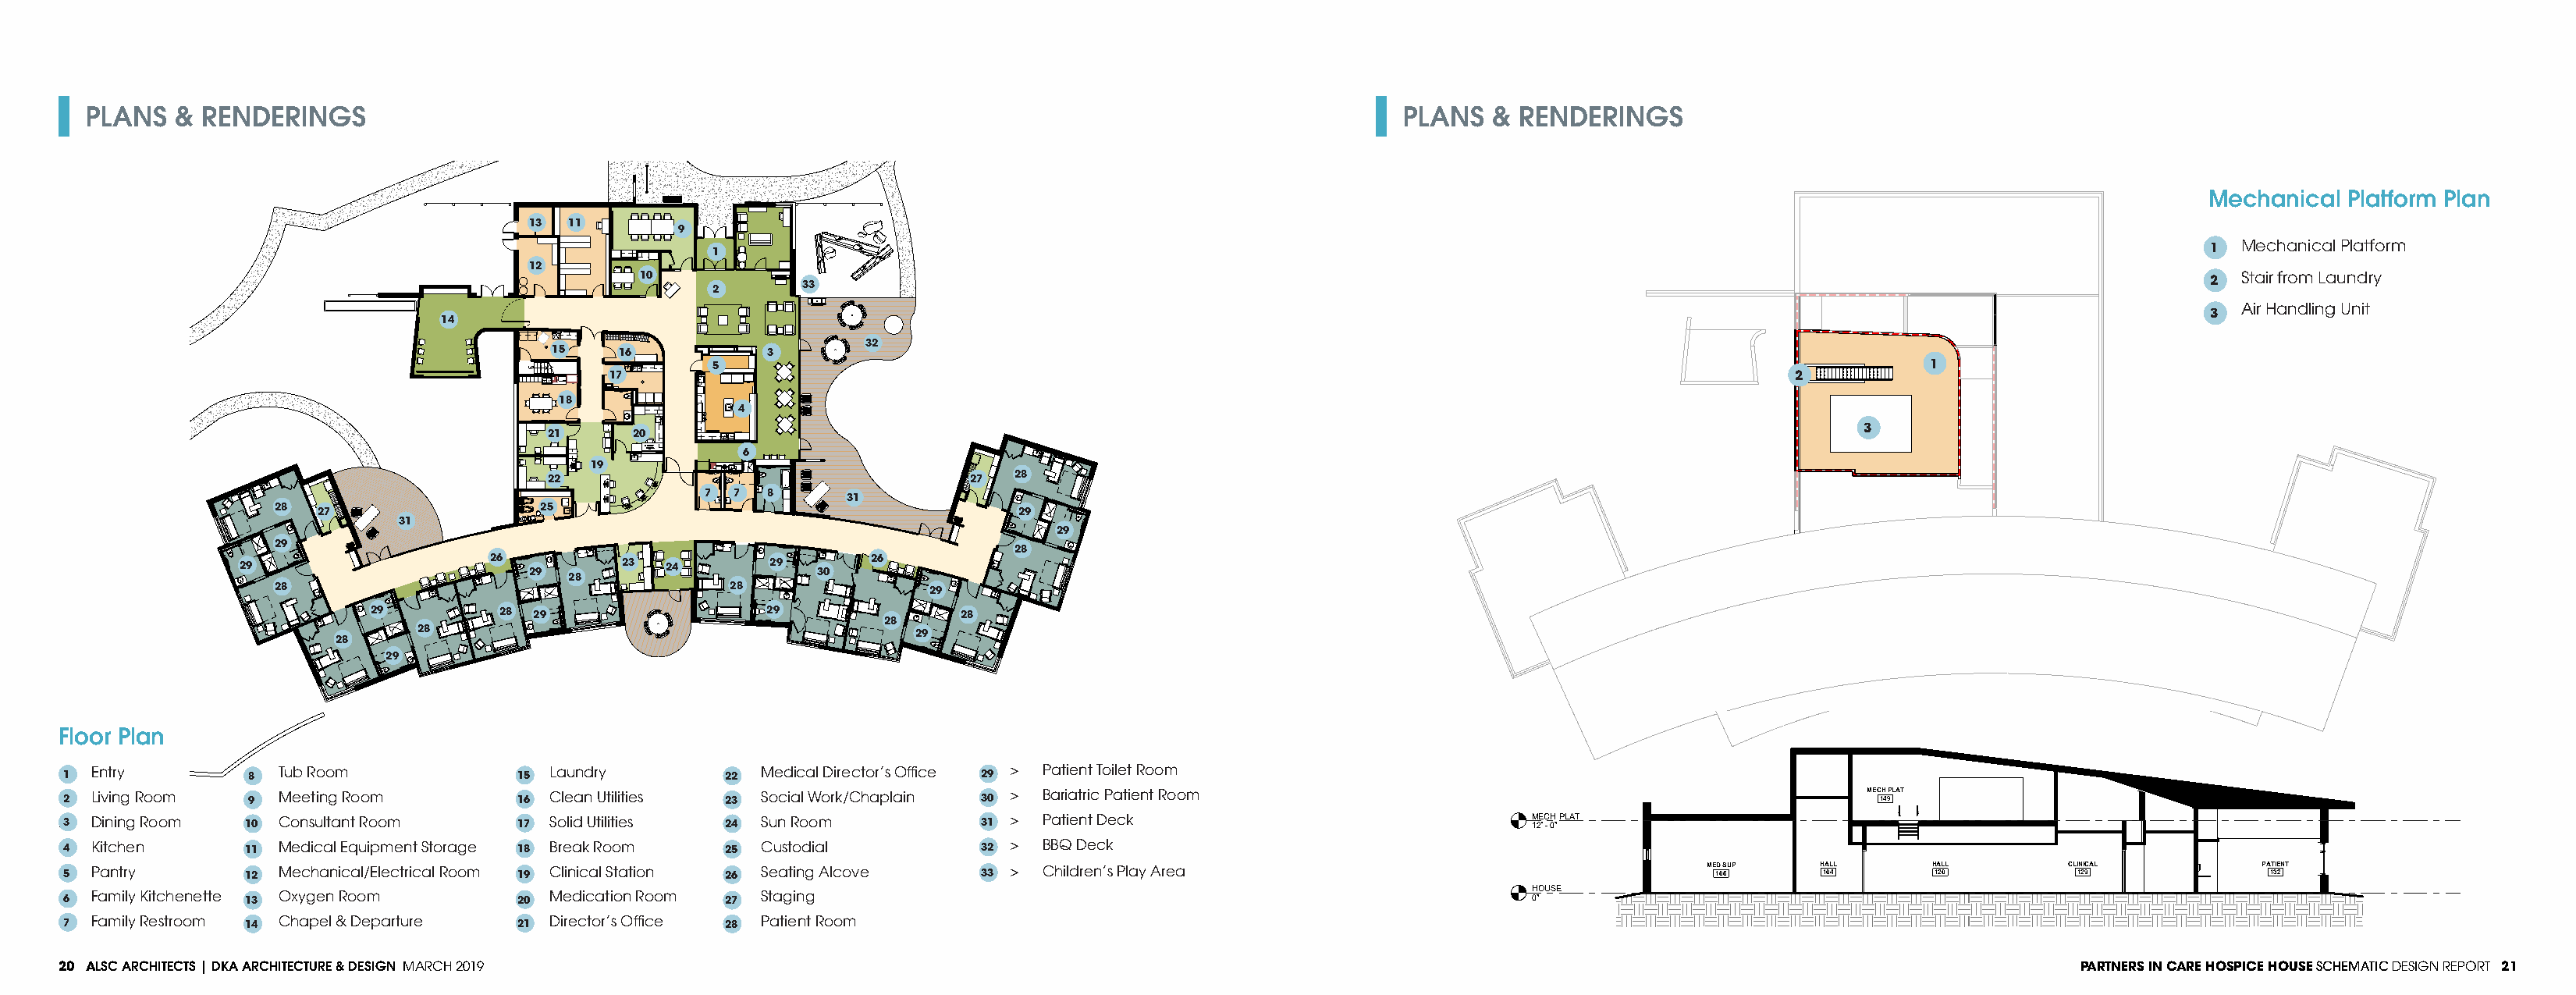
PLANS   & RENDERINGS                                                                                            PLANS   & RENDERINGS
 Mechanical  Platform Plan
 13 11
 9
 >1 Mechanical Platform
 1
 12
 10            33                                                                                                                     > 2 Stair from Laundry
 2
 >  Air Handling Unit
 14                                                                                    HOSPICE   HOUSE  MECHANICAL                                     3
 32
 15   16           3
 5                                                                                                       1
 UP     17                                                                                                  2
 18
 4
 3
 21      20
 6
 22  19                              27  28                                                                              MEC1H4 9PLAT
 7 7  8      31
 28  27                 25                                      29
 31
 29
 29
 28
 29                    26 29      23 24       29  30   26
 28
 28                                     28               29
 29         28 29                  29              28
 28
 28
 29
 28
 29
 Floor Plan
 >1 Entry        > 8 Tub Room           > 15 Laundry     2> 2 Medical Director’s Office 29 > Patient Toilet Room
 >2 Living Room  > 9 Meeting Room       >16 Clean Utilities 2> 3 Social Work/Chaplain 30 > Bariatric Patient Room                                         MEC 1H 4 9PLAT
 >3 Dining Room  1>0 Consultant Room    >17 Solid Utilities 2>4 Sun Room       31 > Patient Deck                              1M 2E ' C -0H " PLAT
 >4 Kitchen      1>1 Medical Equipment Storage >18 Break Room 2>5 Custodial    32 > BBQ Deck
 >5 Pantry       1> 2 Mechanical/Electrical Room >19 Clinical Station 2> 6 Seating Alcove 33 > Children’s Play Area                          ME 1D 0 S 6UP H 1A 0L 4L H 1A 2L 0L CLI 1N 2I 9CAL PA 1T 3IE 2NT
 >6 Family Kitchenette 1>
 3
 Oxygen Room         >
 20
 Medication Room 2>
 7
 Staging                                                          0H "OUSE
 >7 Family Restroom 1>4 Chapel & Departure >21 Director’s Office 2>8 Patient Room
 20 ALSC ARCHITECTS | DKA ARCHITECTURE & DESIGN MARCH 2019                                                                                                                  PARTNERS IN CARE HOSPICE HOUSE SCHEMATIC DESIGN REPORT 21